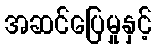
အဆင်ပြေမှုနှင့်